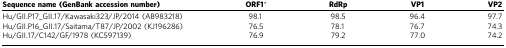
| Sequence name (GenBank accession number) | ORF1* | RdRp | VP1 | VP2 |
 | --- | --- | --- | --- | --- |
 | Hu/GII.P17_GII.17/Kawasaki323/JP/2014 (AB983218) | 98.1 | 98.5 | 96.4 | 97.7 |
 | Hu/GII.P16_GII.17/Saitama/T87/JP/2002 (KJ196286) | 76.5 | 78.1 | 76.7 | 74.3 |
 | Hu/GII.17/C142/GF/1978 (KC597139) | 76.9 | 79.2 | 77.0 | 74.2 |